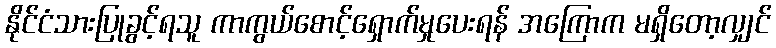
နိုင်ငံသားပြုခွင့်ရသူ ကာကွယ်စောင့်ရှောက်မှုပေးရန် အကြောက မရှိတော့လျှင်